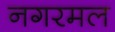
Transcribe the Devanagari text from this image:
नगरमल